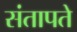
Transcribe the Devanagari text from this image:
संतापते